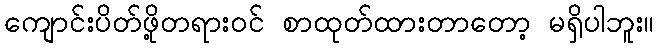
ကျောင်းပိတ်ဖို့တရားဝင် စာထုတ်ထားတာတော့ မရှိပါဘူး။